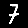
Digit: 7